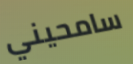
سامحيني